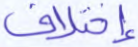
إختلاف